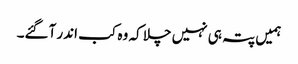
ہمیں پتہ ہی نہیں چلا کہ وہ کب اندر آگئے۔